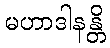
မဟာဒါနန္တိ